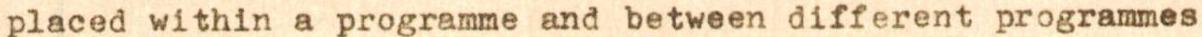
placed within a programme and between different programmes